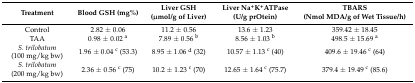
| Treatment | Blood GSH (mg%) | Liver GSH (μmol/g of Liver) | Liver Na+K+ATPase (U/g prOtein) | TBARS (Nmol MDA/g of Wet Tissue/h) |
 | --- | --- | --- | --- | --- |
 | Control | 2.82 ± 0.06 | 11.2 ± 0.56 | 13.6 ± 1.23 | 359.42 ± 18.45 |
 | TAA | 0.98 ± 0.02 a | 7.89 ± 0.56 b | 8.56 ± 1.03 b | 498.5 ± 15.69 a |
 | S. trilobatum (100 mg/kg bw) | 1.96 ± 0.04 c (53.3) | 8.95 ± 1.06 d (32) | 10.57 ± 1.13 c (40) | 409.6 ± 19.46 c (64) |
 | S. trilobatum (200 mg/kg bw) | 2.36 ± 0.56 c (75) | 10.2 ± 1.23 c (70) | 12.65 ± 1.64 c (75.7) | 379.4 ± 19.49 c (85.6) |